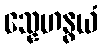
သ္နေဟနွယံ